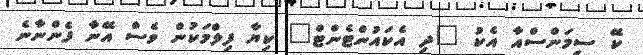
ކޭ ސިމަންސްއާ އެކު "ދި އެކައުންޓެންޓް" ކިޔާ ފިލްމަކުން ވެސް އޭނާ ފެންނާނެ